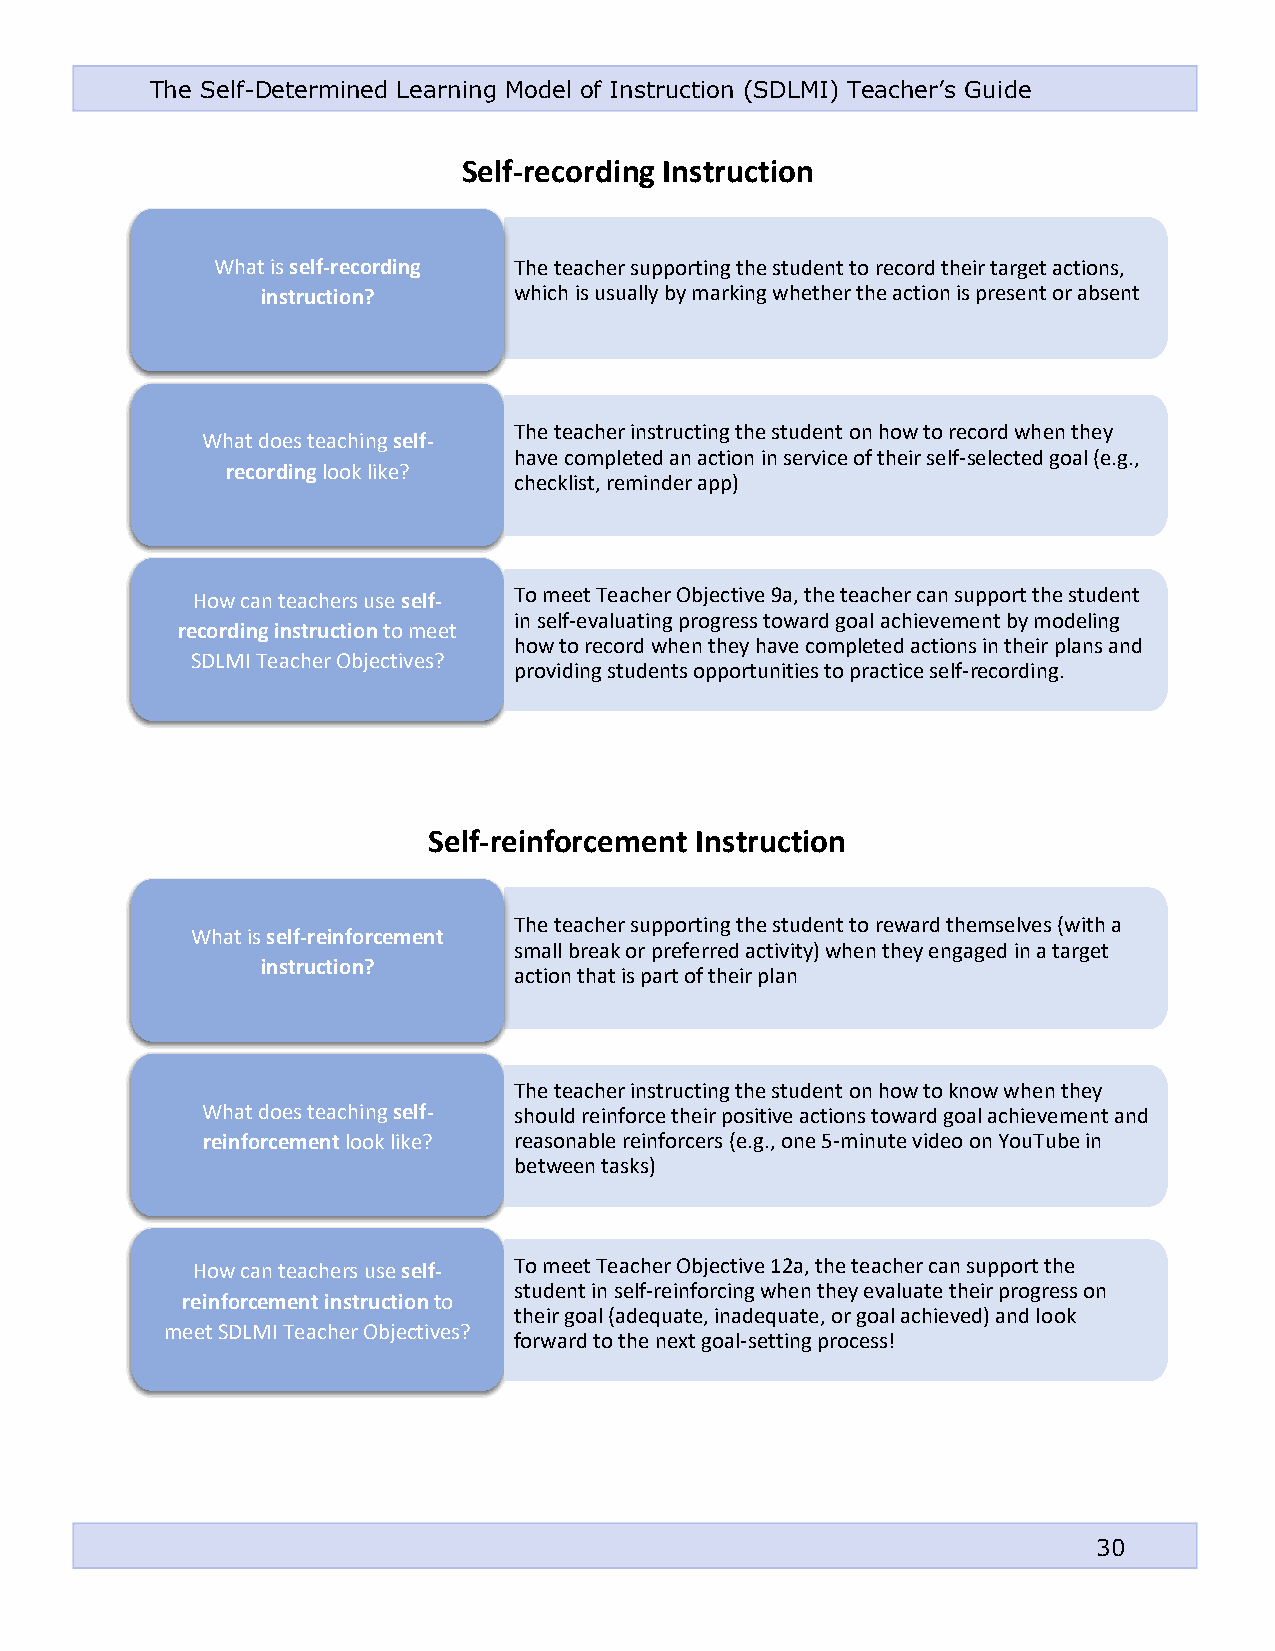
The Self-Determined Learning Model of Instruction (SDLMI) Teacher’s Guide
 Self-recording Instruction
 What is self-recording The teacher supporting the student to record their target actions,
 instruction?     which is usually by marking whether the action is present or absent
 The teacher instructing the student on how to record when they
 What does teaching self-
 have completed an action in service of their self-selected goal (e.g.,
 recording look like?
 checklist, reminder app)
 How can teachers use self- To meet Teacher Objective 9a, the teacher can support the student
 in self-evaluating progress toward goal achievement by modeling
 recording instruction to meet
 how to record when they have completed actions in their plans and
 SDLMI Teacher Objectives?
 providing students opportunities to practice self-recording.
 Self-reinforcement Instruction
 The teacher supporting the student to reward themselves (with a
 What is self-reinforcement
 small break or preferred activity) when they engaged in a target
 instruction?
 action that is part of their plan
 The teacher instructing the student on how to know when they
 What does teaching self- should reinforce their positive actions toward goal achievement and
 reinforcement look like? reasonable reinforcers (e.g., one 5-minute video on YouTube in
 between tasks)
 How can teachers use self- To meet Teacher Objective 12a, the teacher can support the
 student in sel f-reinforcing when they evaluate their progress on
 reinforcement instruction to
 their goal (adequate, inadequate, or goal achieved) and look
 meet SDLMI Teacher Objectives?
 forward to th e next goal-setting process!
 30